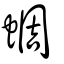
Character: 蜩